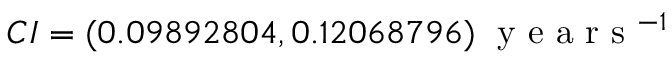
C I = ( 0 . 0 9 8 9 2 8 0 4 , 0 . 1 2 0 6 8 7 9 6 ) \; \textrm { y e a r s } ^ { - 1 }